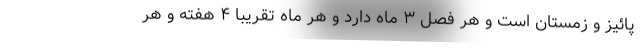
پائیز و زمستان است و هر فصل ۳ ماه دارد و هر ماه تقریبا ۴ هفته و هر